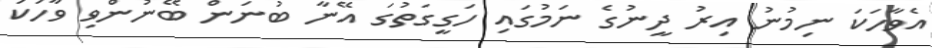
އެވާހަކަ ނިމުނު އިރު ދީނުގެ ނަމުގައި ހަގީގަތުގަ އޭނާ ބުނަން ބޭނުންވި ވާހަކަ